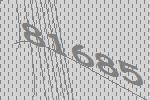
81685